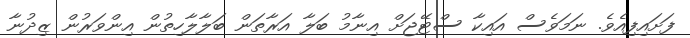
ފަށައިފިއެވެ. ނަމަވެސް އައިކާ ސްޓޭޖަށް އިނާމު ބަލާ އަރާތަން ބަލާލާހިތުން އިންވަރުން ޒިދުނާ